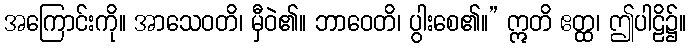
အကြောင်းကို။ အာသေဝတိ၊ မှီဝဲ၏။ ဘာဝေတိ၊ ပွါးစေ၏။” ဣတိ ဧတ္ထ၊ ဤပါဠိ၌။